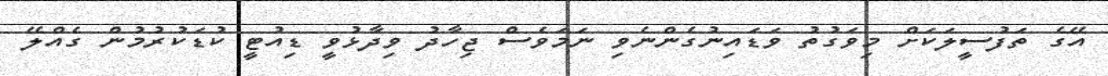
އޭގެ ތަފުސީލަކަށް މިވަގުތު ވަޑައިނުގެންނެވި ނަމަވެސް ޖިހާދު ވިދާޅުވީ ޑިއުޓީ ކުޑަކުރުމުން ގެއްލޭ